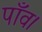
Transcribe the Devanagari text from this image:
पाँव।